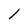
Character: 1